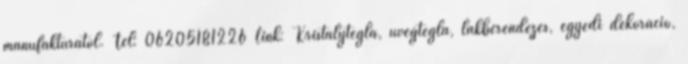
manufaktúrától. Tel: 06205181226 Link: Kristálytégla, üvegtégla, lakberendezés, egyedi dekoráció,